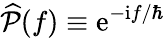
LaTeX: \widehat{\mathcal{P}}(f)\equiv\mathrm{e}^{-\mathrm{i}f/\hbar}